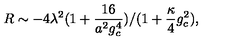
\: R \sim - 4 \lambda ^ { 2 } ( 1 + \frac { 1 6 } { a ^ { 2 } g _ { c } ^ { 4 } } ) / ( 1 + \frac { \kappa } { 4 } g _ { c } ^ { 2 } ) , \: